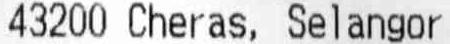
43200 CHERAS, SELANGOR